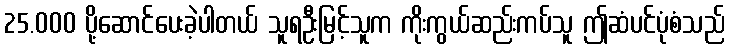
25.000 ပို့ဆောင်ပေးခဲ့ပါတယ် သူရဦးမြင့်သူက ကိုးကွယ်ဆည်းကပ်သူ ဤဆံပင်ပုံစံသည်